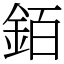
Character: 銆